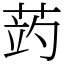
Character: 𦲂